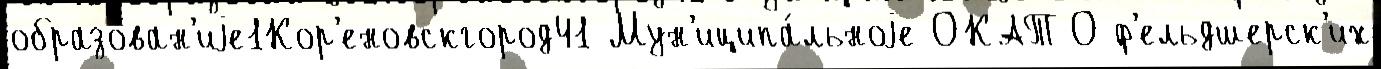
образован'иjе1Кор'еновскгород41 Мун'иципа́льноjе ОКАТО ф'ельдшерск'их